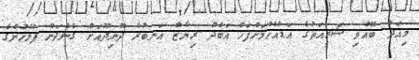
މިއަދު ބޭއްވި ޝަރީއަތުގެ އަޑުއެހުމަށްފަހު އަބްދު ރިޔާޒް އަނބުރާ ދޫނިދޫއަށް ގެންދަން ފުލުހުންގެ